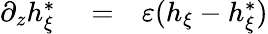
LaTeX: \begin{array}{rlr}{\partial_{z}h_{\xi}^{*}}&{{}=}&{\varepsilon(h_{\xi}-h_{\xi}^{*})}\end{array}